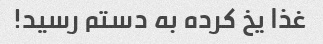
غذا یخ کرده به دستم رسید!